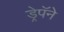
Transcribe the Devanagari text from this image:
ड्रेपॅने